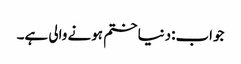
جواب:دنیا ختم ہونے والی ہے۔